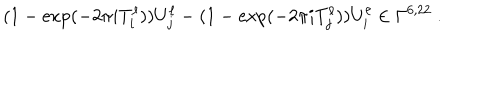
( 1 - \exp ( - 2 \pi i T _ { i } ^ { \ell } ) ) U _ { j } ^ { \ell } - ( 1 - \exp ( - 2 \pi i T _ { j } ^ { \ell } ) ) U _ { i } ^ { \ell } \in \Gamma ^ { 6 , 2 2 } ~ .